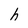
Character: h